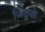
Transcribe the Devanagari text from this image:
जितुके